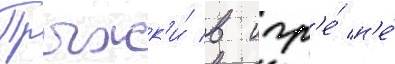
Прыжк'и́ в игр'е́ н'е́